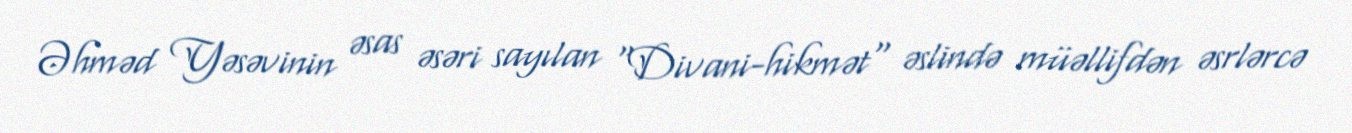
Əhməd Yəsəvinin əsas əsəri sayılan "Divani-hikmət" əslində müəllifdən əsrlərcə